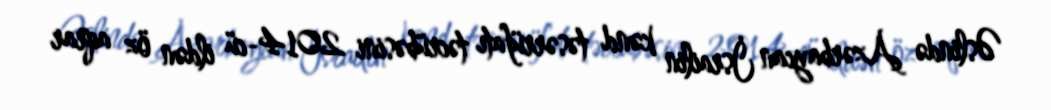
Əslində Azərbaycan İsrailin kənd təsərrüfatı təcrübəsini 2014-cü ildən öz aqrar